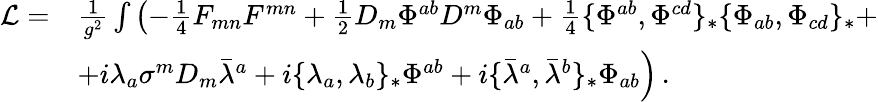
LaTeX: \begin{array}{rl}{{{\cal L}=}}&{{\frac{1}{g^{2}}\int\left(-\frac{1}{4}F_{mn}F^{mn}+\frac{1}{2}D_{m}\Phi^{ab}D^{m}\Phi_{ab}+\frac{1}{4}\{ \Phi^{ab},\Phi^{cd}\} _{*}\{ \Phi_{ab},\Phi_{cd}\} _{*}\right.+}}\\ {{}}&{{\left.+i\lambda_{a}\sigma^{m}D_{m}\bar{\lambda}^{a}+i\{ \lambda_{a},\lambda_{b}\} _{*}\Phi^{ab}+i\{ \bar{\lambda}^{a},\bar{\lambda}^{b}\} _{*}\Phi_{ab}\right)\, .}}\end{array}